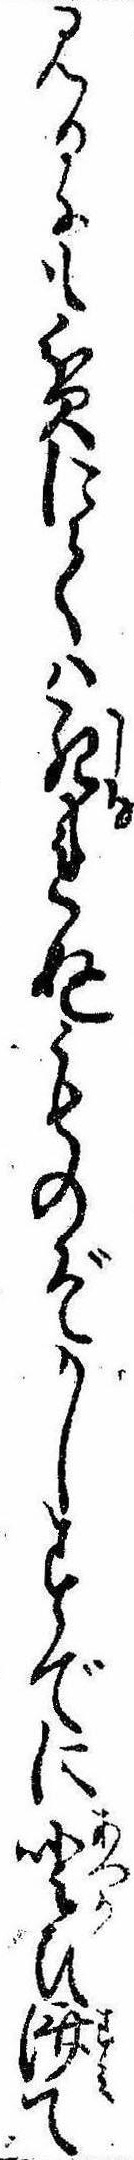
見るにも貧にては死れぬものぞかしすでにひ済て